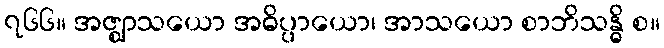
၇၆၆။ အဇ္ဈာသယော အဓိပ္ပာယော၊ အာသယော စာဘိသန္ဓိ စ။